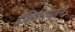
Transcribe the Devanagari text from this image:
दक्षिणावर्तन